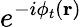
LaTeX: e^{-i\phi_{t}(\textbf{r})}